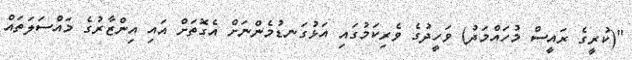
"(ކުރީގެ ރައީސް މުހައްމަދު) ވަހީދުގެ ވެރިކަމުގައި އަޅުގަނޑުމެންނަށް އެގޮތަށް އައި އިންޒާރުގެ މައްސަލަތައް